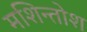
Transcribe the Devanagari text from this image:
मशिन्तोश